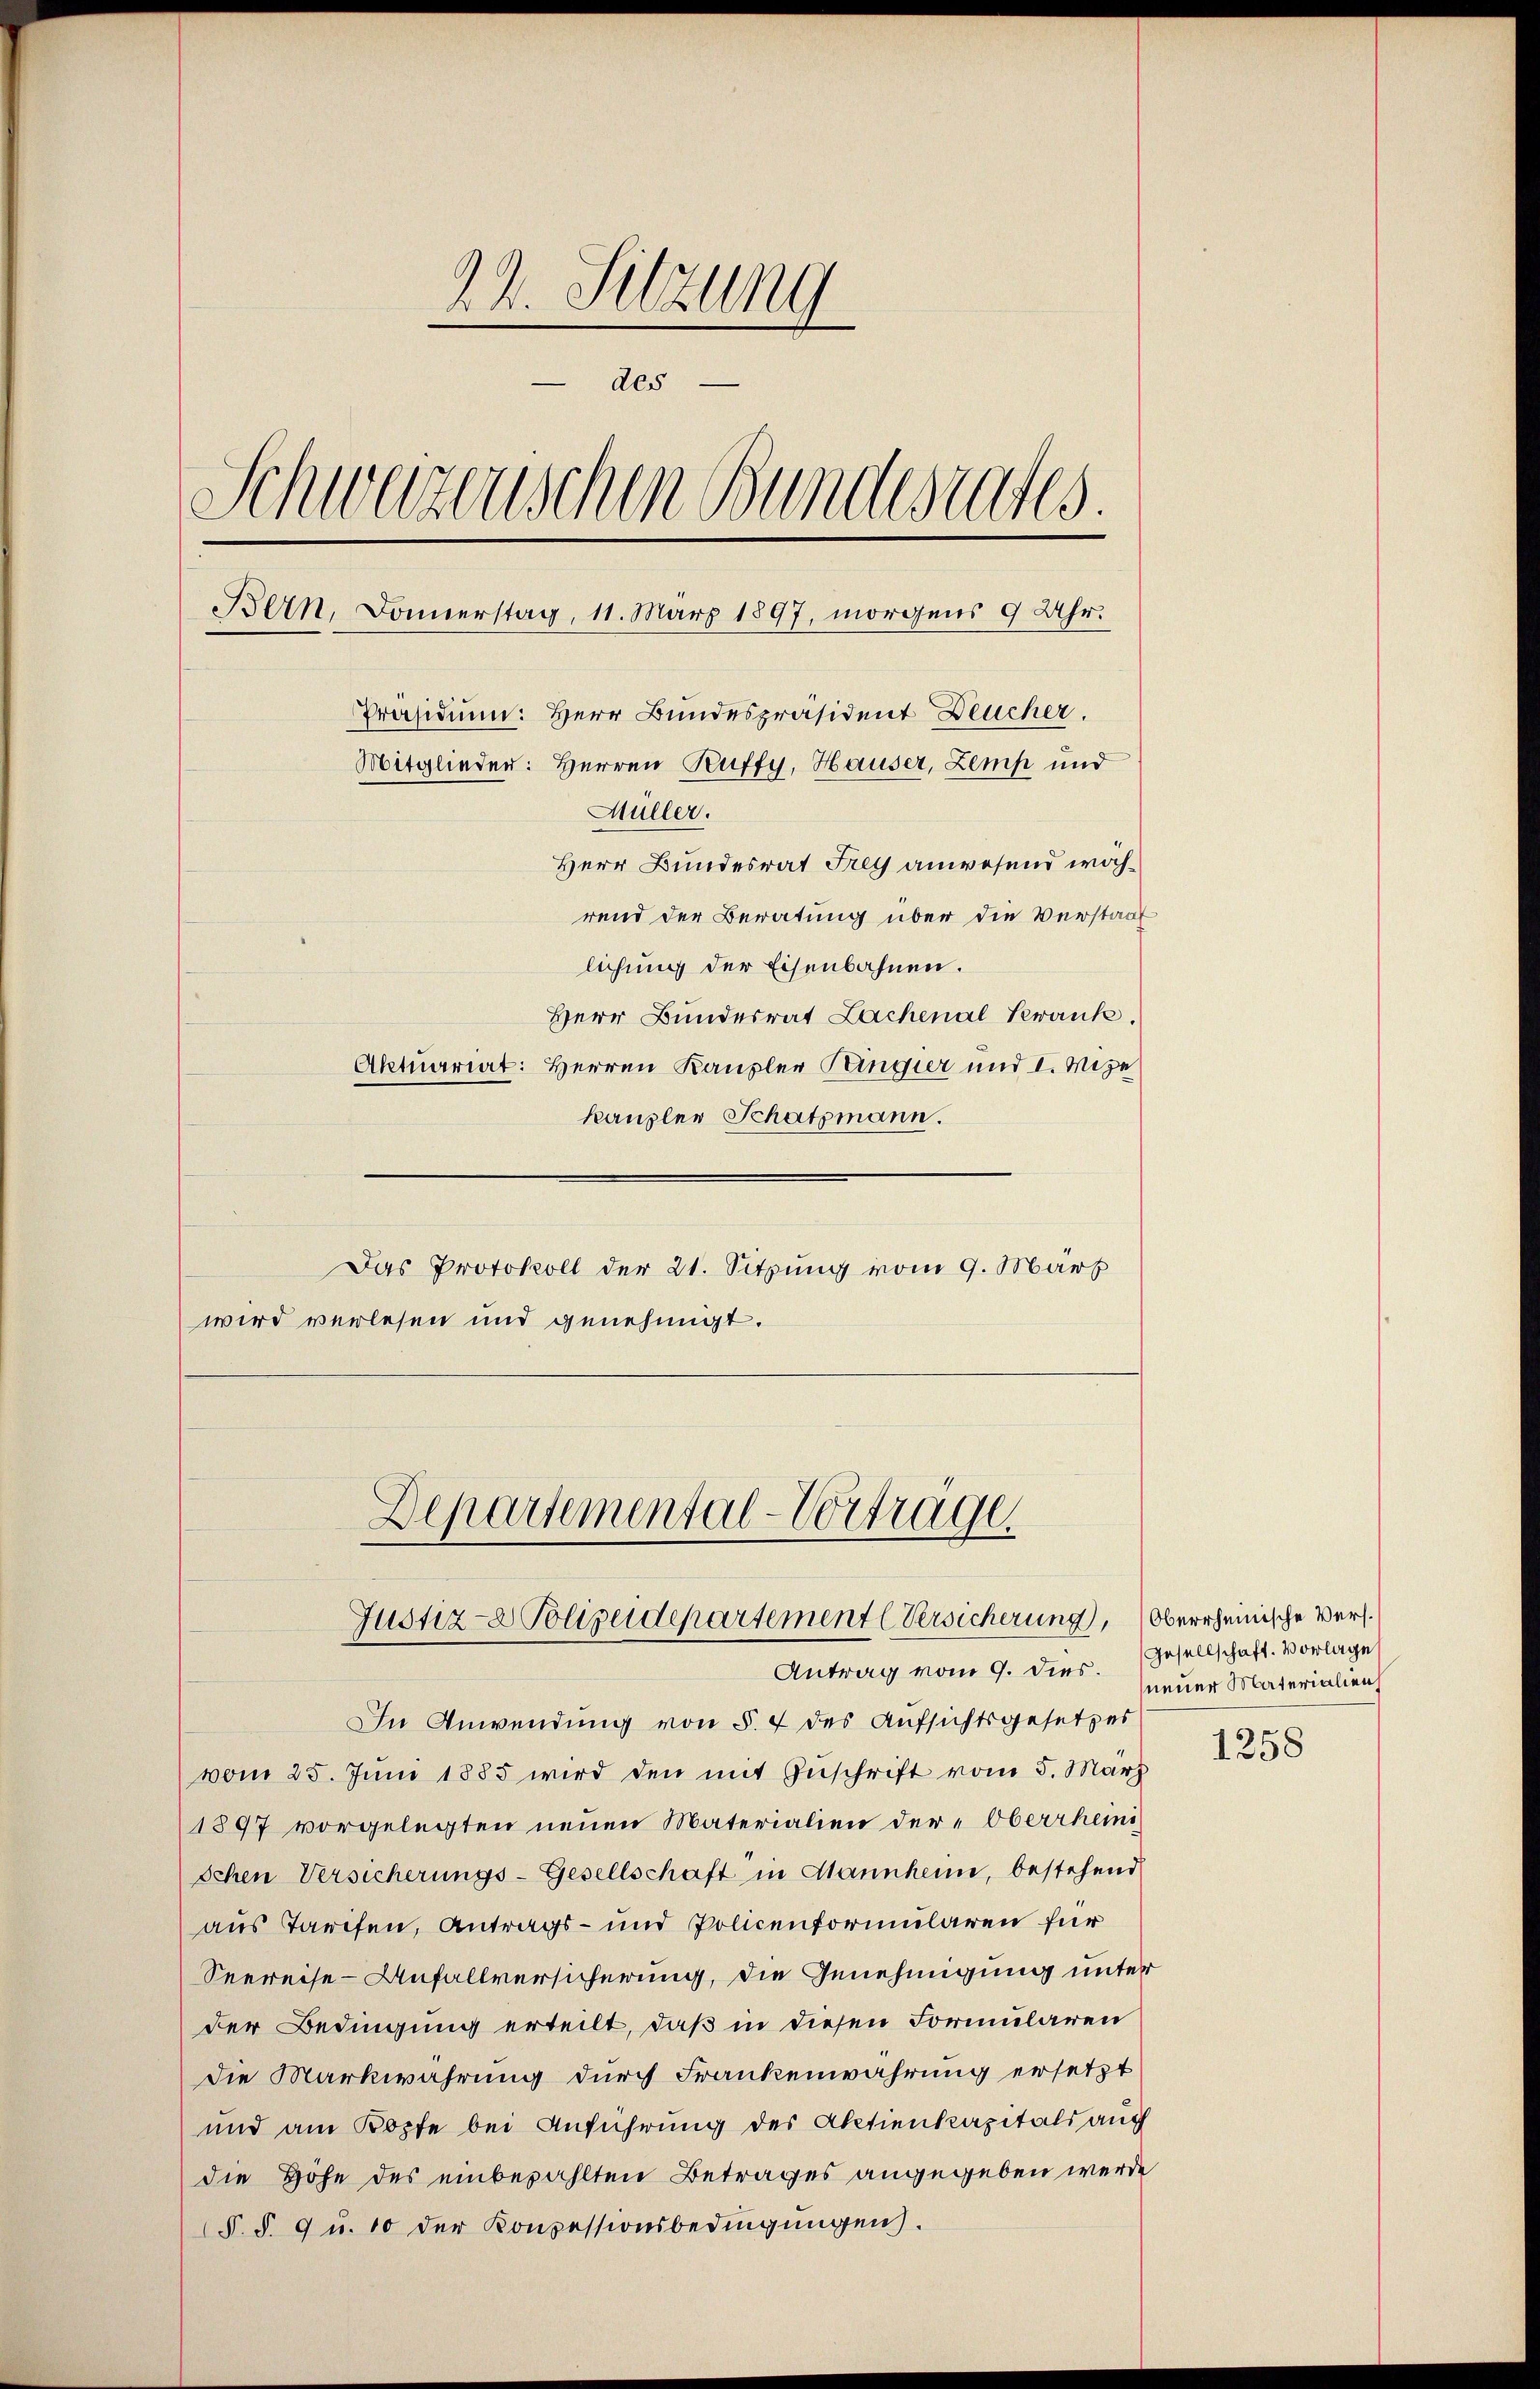
22. Sitzung
des
Schwarzenschen Bundesrates.
Bern, Donnerstag, 11. März 1897, morgens 9 Uhr.
Präsidium: Herr Bundespräsident Deucher.
Mitglieder: Herren Kuffy, Hauser, Zemp und
Müller.
Herr Bundesrat Frey anwesend wohrend der Beratung über die Verstaat
lichung der Eisenbahnen.
Herr Bundesrat Lachenal Krank.
Aktuariat: Herren Kanzler Pangier und I. Mite
kanzler Schatzmann.

Das Protokoll der 21. Sitzung vom 9. Mart
wird verlesen und genehmigt.
Departemental-Vortrage

Justiz- & Polizeidepartement (Versicherung,
Antrag vom 9. dies. (Gesellschaft. Vorlage

In Anwendung von §. 7 des Aufsichtsgesetzes
vom 25. Jŭni 1885 wird den mit Zuschrift vom 5. März
1897 vorgelegten neuen Materialien der Oberrhemischen Versicherungs-Gesellschaft in Mannheim, bestehend
aus Tarifen, Antrags- und Policenformularen für
Seereise- Anfallversicherung, die Genehmigung unter
der Bedingung erteilt, daß in diesen Formularen
die Markwahrung durch Frankenwahrung ersetzt
und am Kopfe bei Anführung des Aktienkapitals auch
die Hohe des einbezahlten Betrages angegeben werde
(§. §. 9 u. 10 der Konzessionsbedingungen.

Oberrheinische Vers.
neuer Materialien

1258